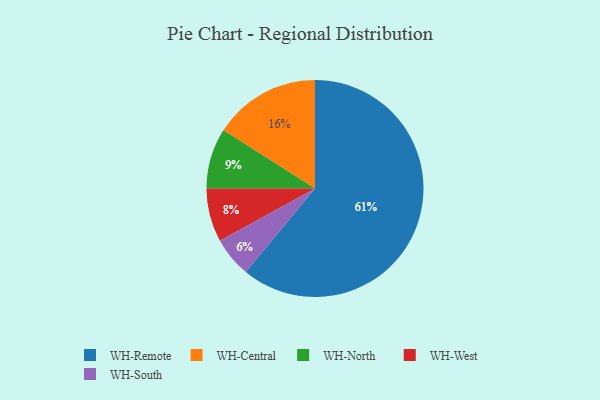
{"axis": {"x": "Category", "y": "Percentage"}, "legend": ["WH-Central", "WH-North", "WH-Remote", "WH-South", "WH-West"], "data": [{"x": "WH-South", "y": 6, "type": "WH-South"}, {"x": "WH-West", "y": 8, "type": "WH-West"}, {"x": "WH-Remote", "y": 61, "type": "WH-Remote"}, {"x": "WH-Central", "y": 16, "type": "WH-Central"}, {"x": "WH-North", "y": 9, "type": "WH-North"}]}